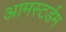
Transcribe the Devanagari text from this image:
आमस्टर्डम